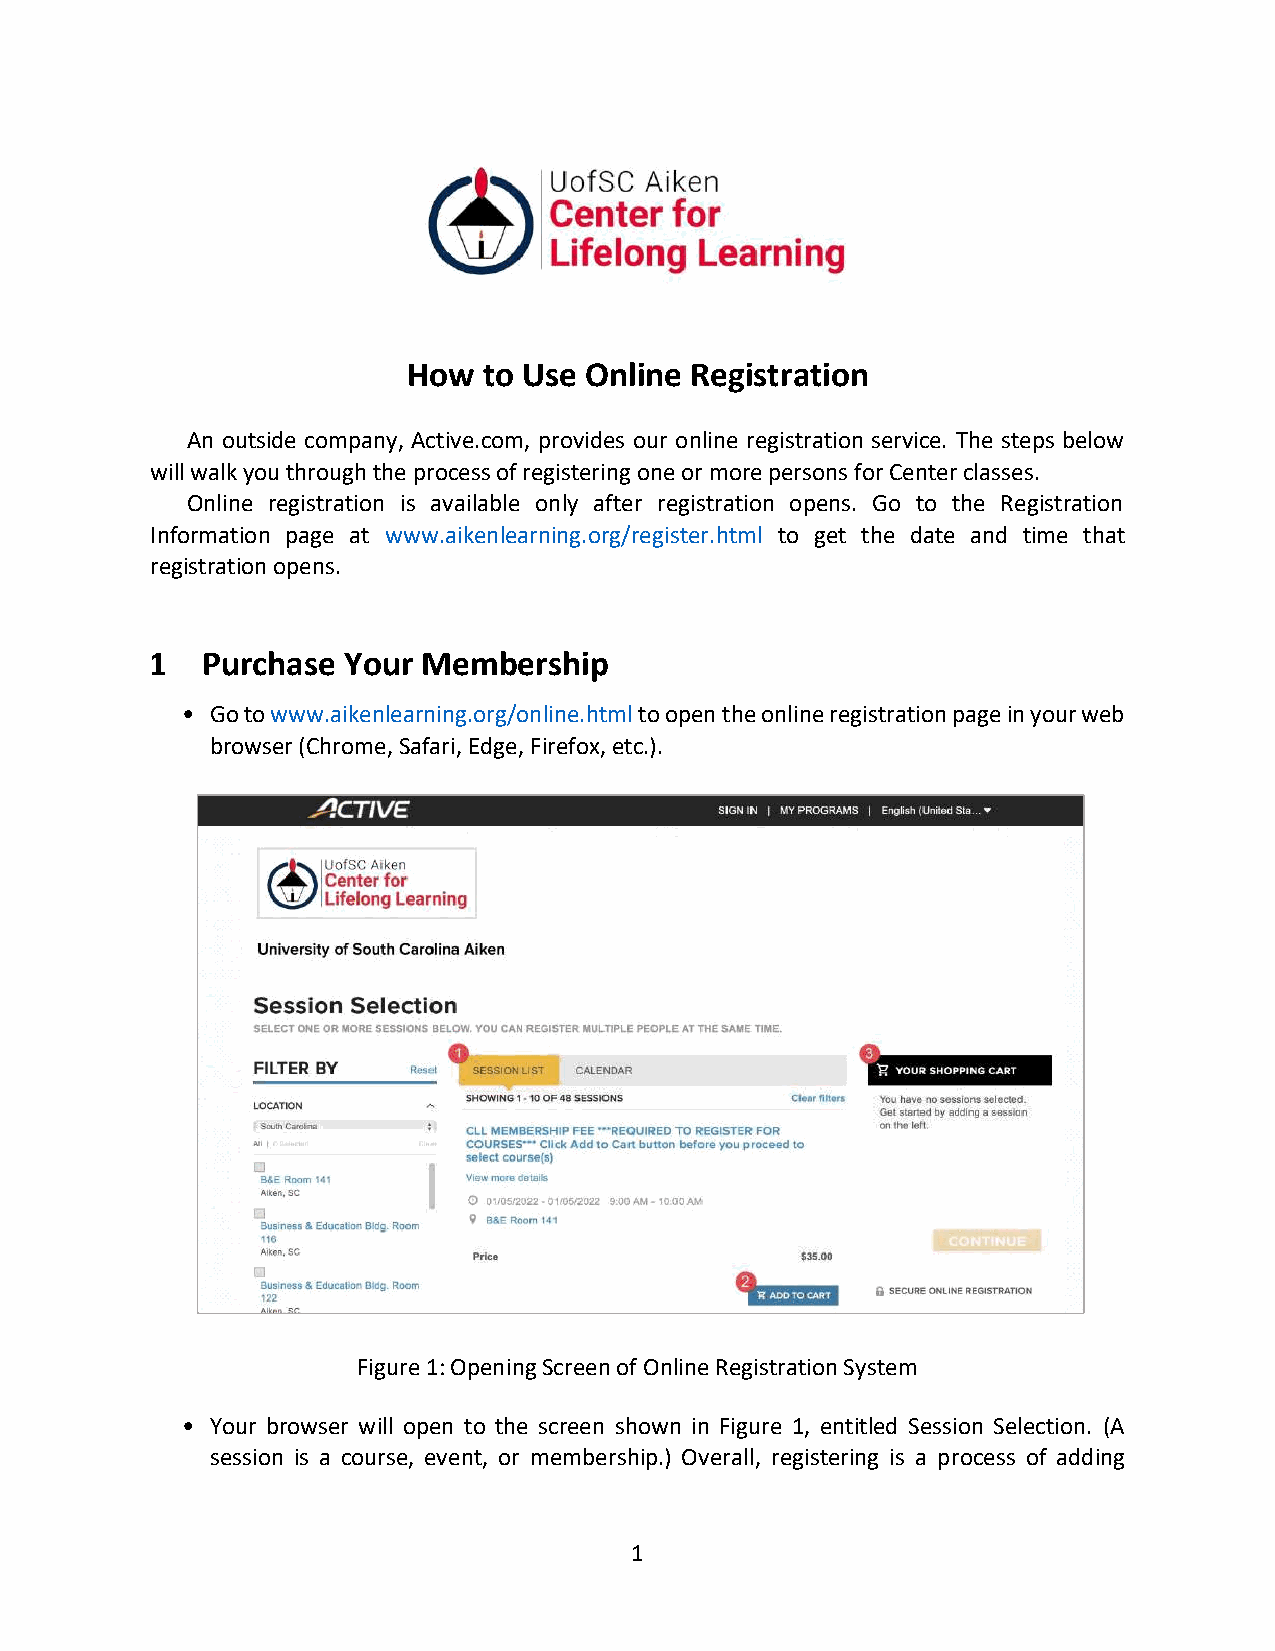
How  to Use Online Registration
 An outside company, Active.com, provides our online registration service. The steps below
 will walk you through the process of registering one or more persons for Center classes.
 Online registration is available only after registration opens. Go to the Registration
 Information page at www.aikenlearning.org/register.html to get the date and time that
 registration opens.
 1  Purchase  Your Membership
 • Go to www.aikenlearning.org/online.html to open the online registration page in your web
 browser (Chrome, Safari, Edge, Firefox, etc.).
 Figure 1: Opening Screen of Online Registration System
 • Your browser will open to the screen shown in Figure 1, entitled Session Selection. (A
 session is a course, event, or membership.) Overall, registering is a process of adding
 1